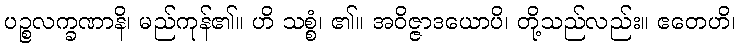
ပဉ္စလက္ခဏာနိ၊ မည်ကုန်၏။ ဟိ သစ္စံ၊ ၏။ အဝိဇ္ဇာဒယောပိ၊ တို့သည်လည်း။ ဧတေဟိ၊